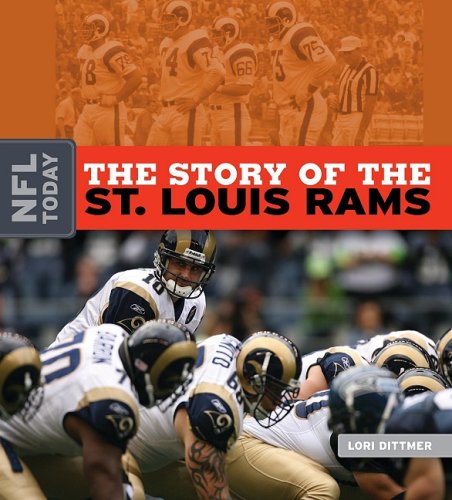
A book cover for The Story of the St. Louis Rams (NFL Today); Lori Dittmer; Teen & Young Adult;